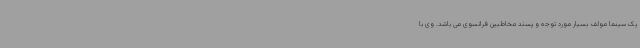
یک سینما مولف بسیار مورد توجه و پسند مخاطبین فرانسوی می باشد. وی با